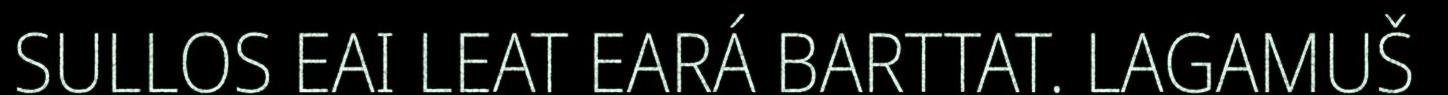
SULLOS EAI LEAT EARÁ BARTTAT. LAGAMUŠ